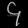
Digit: ၄